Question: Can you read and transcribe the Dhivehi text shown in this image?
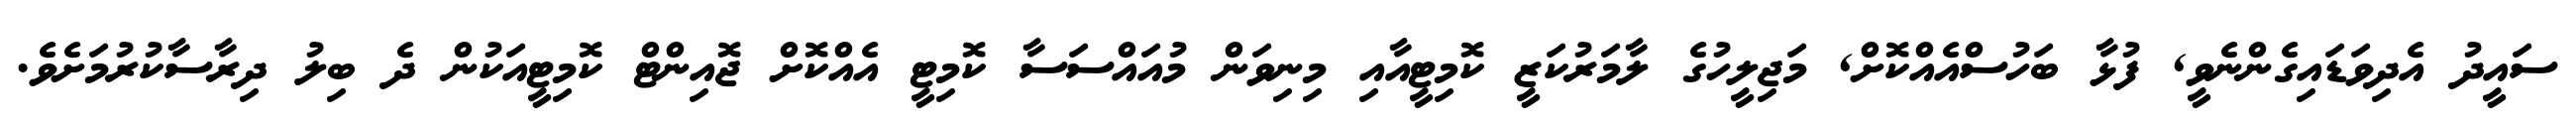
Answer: ސައީދު އެދިވަޑައިގެންނެވީ, ފުޅާ ބަހުސްއެއްކޮށް, މަޖިލީހުގެ ލާމަރުކަޒީ ކޮމިޓީއާއި މިނިވަން މުއައްސަސާ ކޮމިޓީ އެއްކޮށް ޖޮއިންޓް ކޮމިޓީއަކުން ދެ ބިލު ދިރާސާކުރުމަށެވެ.